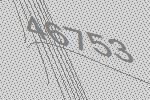
46753